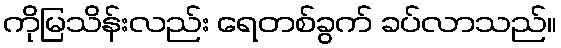
ကိုမြသိန်းလည်း ရေတစ်ခွက် ခပ်လာသည်။